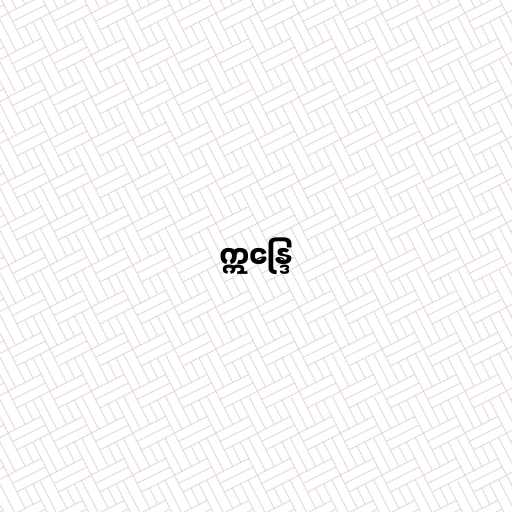
ဣန္ဒြေ